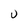
Character: U